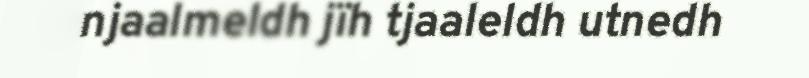
njaalmeldh jïh tjaaleldh utnedh